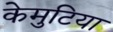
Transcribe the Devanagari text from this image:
केमुटिया